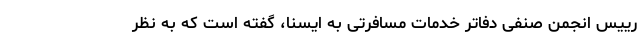
رییس انجمن صنفی دفاتر خدمات مسافرتی به ایسنا، گفته است که به نظر